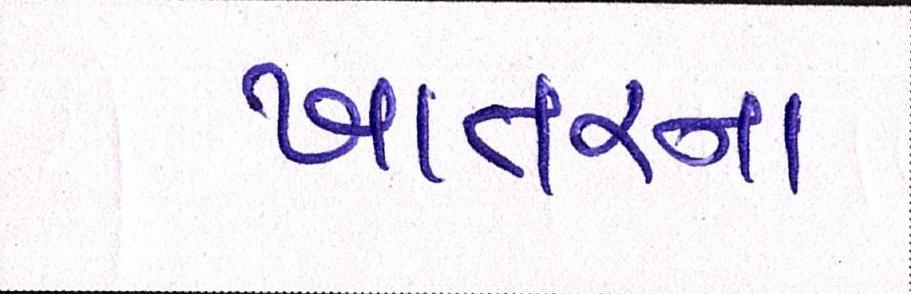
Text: ખાતરના